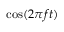
\textstyle \cos ( 2 \pi f t )